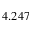
4 . 2 4 7